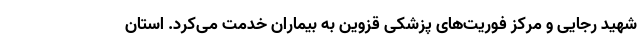
شهید رجایی و مرکز فوریت‌های پزشکی قزوین به بیماران خدمت می‌کرد. استان